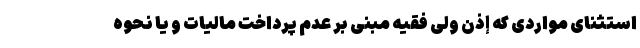
استثنای مواردی که إذن ولی فقیه مبنی بر عدم پرداخت مالیات و یا نحوه